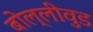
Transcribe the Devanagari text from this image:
बोल्लीवुड